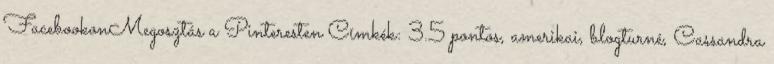
FacebookonMegosztás a Pinteresten Címkék: 3.5 pontos, amerikai, blogturné, Cassandra